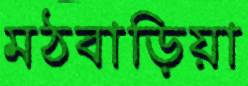
মঠবাড়িয়া